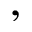
,